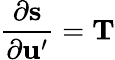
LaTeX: \frac{\partial\mathbf{s}}{\partial\mathbf{u}^{\prime}}=\mathbf{T}